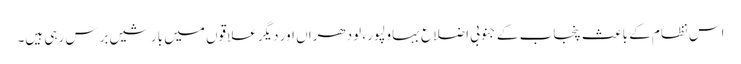
اس نظام کے باعث پنجاب کے جنوبی اضلاع بہاولپور، لودھراں اور دیگر علاقوں میں بارشیں برس رہی ہیں۔